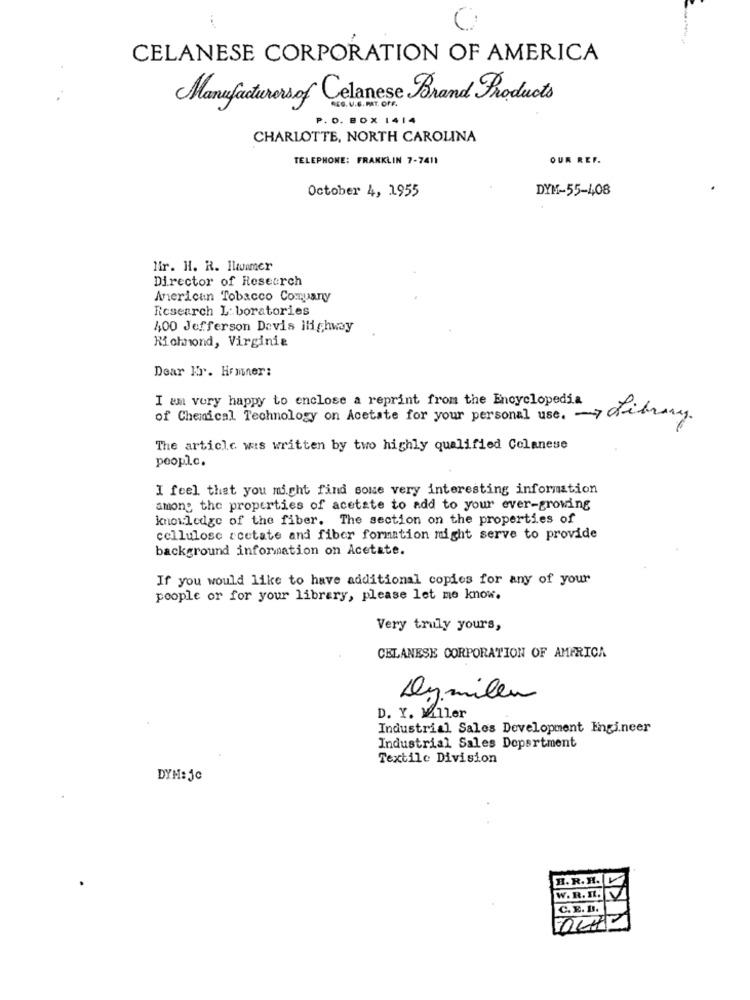
CELANESE CORPORATION OF AMERICA
Manufacturers of Celanese Brand Products
. O. BOX 1414
CHARLOTTE, NORTH CAROLINA
TELEPHONE: FRANKLIN 7-7411
OUR REF.
DYM-55-408
October 4, 1955
lir. H. R. Hlavumer
Director of Research
American Tobacco Company
Research Laboratories
400 Jefferson Davis ilighway
Richmond, Virginia
Dear Mr. Homner:
I am very happy to enclose a reprint from the Encyclopedia
of Chemical Technology on Acetate for your personal use. library.
The article was written by two highly qualified Colanese
people.
I feel that you might find some very interesting information
among the properties of acetate to add to your ever-growing
knowledge of the fiber. The section on the properties of
cellulose acetate and fiber formation night serve to provide
background information on Acetate.
If you would like to have additional copies for any of your
poople or for your library, please let me know.
Very truly yours,
CELANESE CORPORATION OF AMERICA
Dymilen
D. Y. Miler
Industrial Sales Development Engineer
Industrial Sales Department
Textile Division
DYM: je
H. R. R. L
W. R. I.
C. E. B.